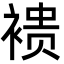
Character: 䙌